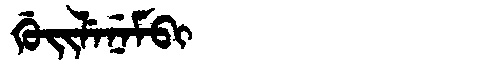
Manchu: ᡤᡠᡳᠯᡝᠨᡝᠮᠪᡳ
Romanization: GUILENEMBI